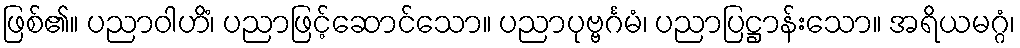
ဖြစ်၏။ ပညာဝါဟိံ၊ ပညာဖြင့်ဆောင်သော။ ပညာပုဗ္ဗင်္ဂမံ၊ ပညာပြဋ္ဌာန်းသော။ အရိယမဂ္ဂံ၊